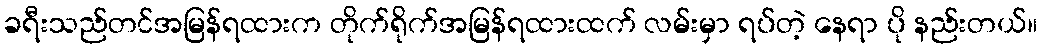
ခရီးသည်တင်အမြန်ရထားက တိုက်ရိုက်အမြန်ရထားထက် လမ်းမှာ ရပ်တဲ့ နေရာ ပို နည်းတယ်။